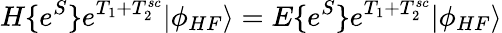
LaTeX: H\{ e^{S}\} e^{T_{1}+T_{2}^{sc}}|\phi_{HF}\rangle=E\{ e^{S}\} e^{T_{1}+T_{2}^{sc}}|\phi_{HF}\rangle